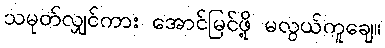
သမုတ်လျှင်ကား အောင်မြင်ဖို့ မလွယ်ကူချေ။